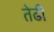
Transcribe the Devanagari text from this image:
तेढी